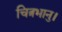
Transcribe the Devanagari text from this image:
चित्रभानु।